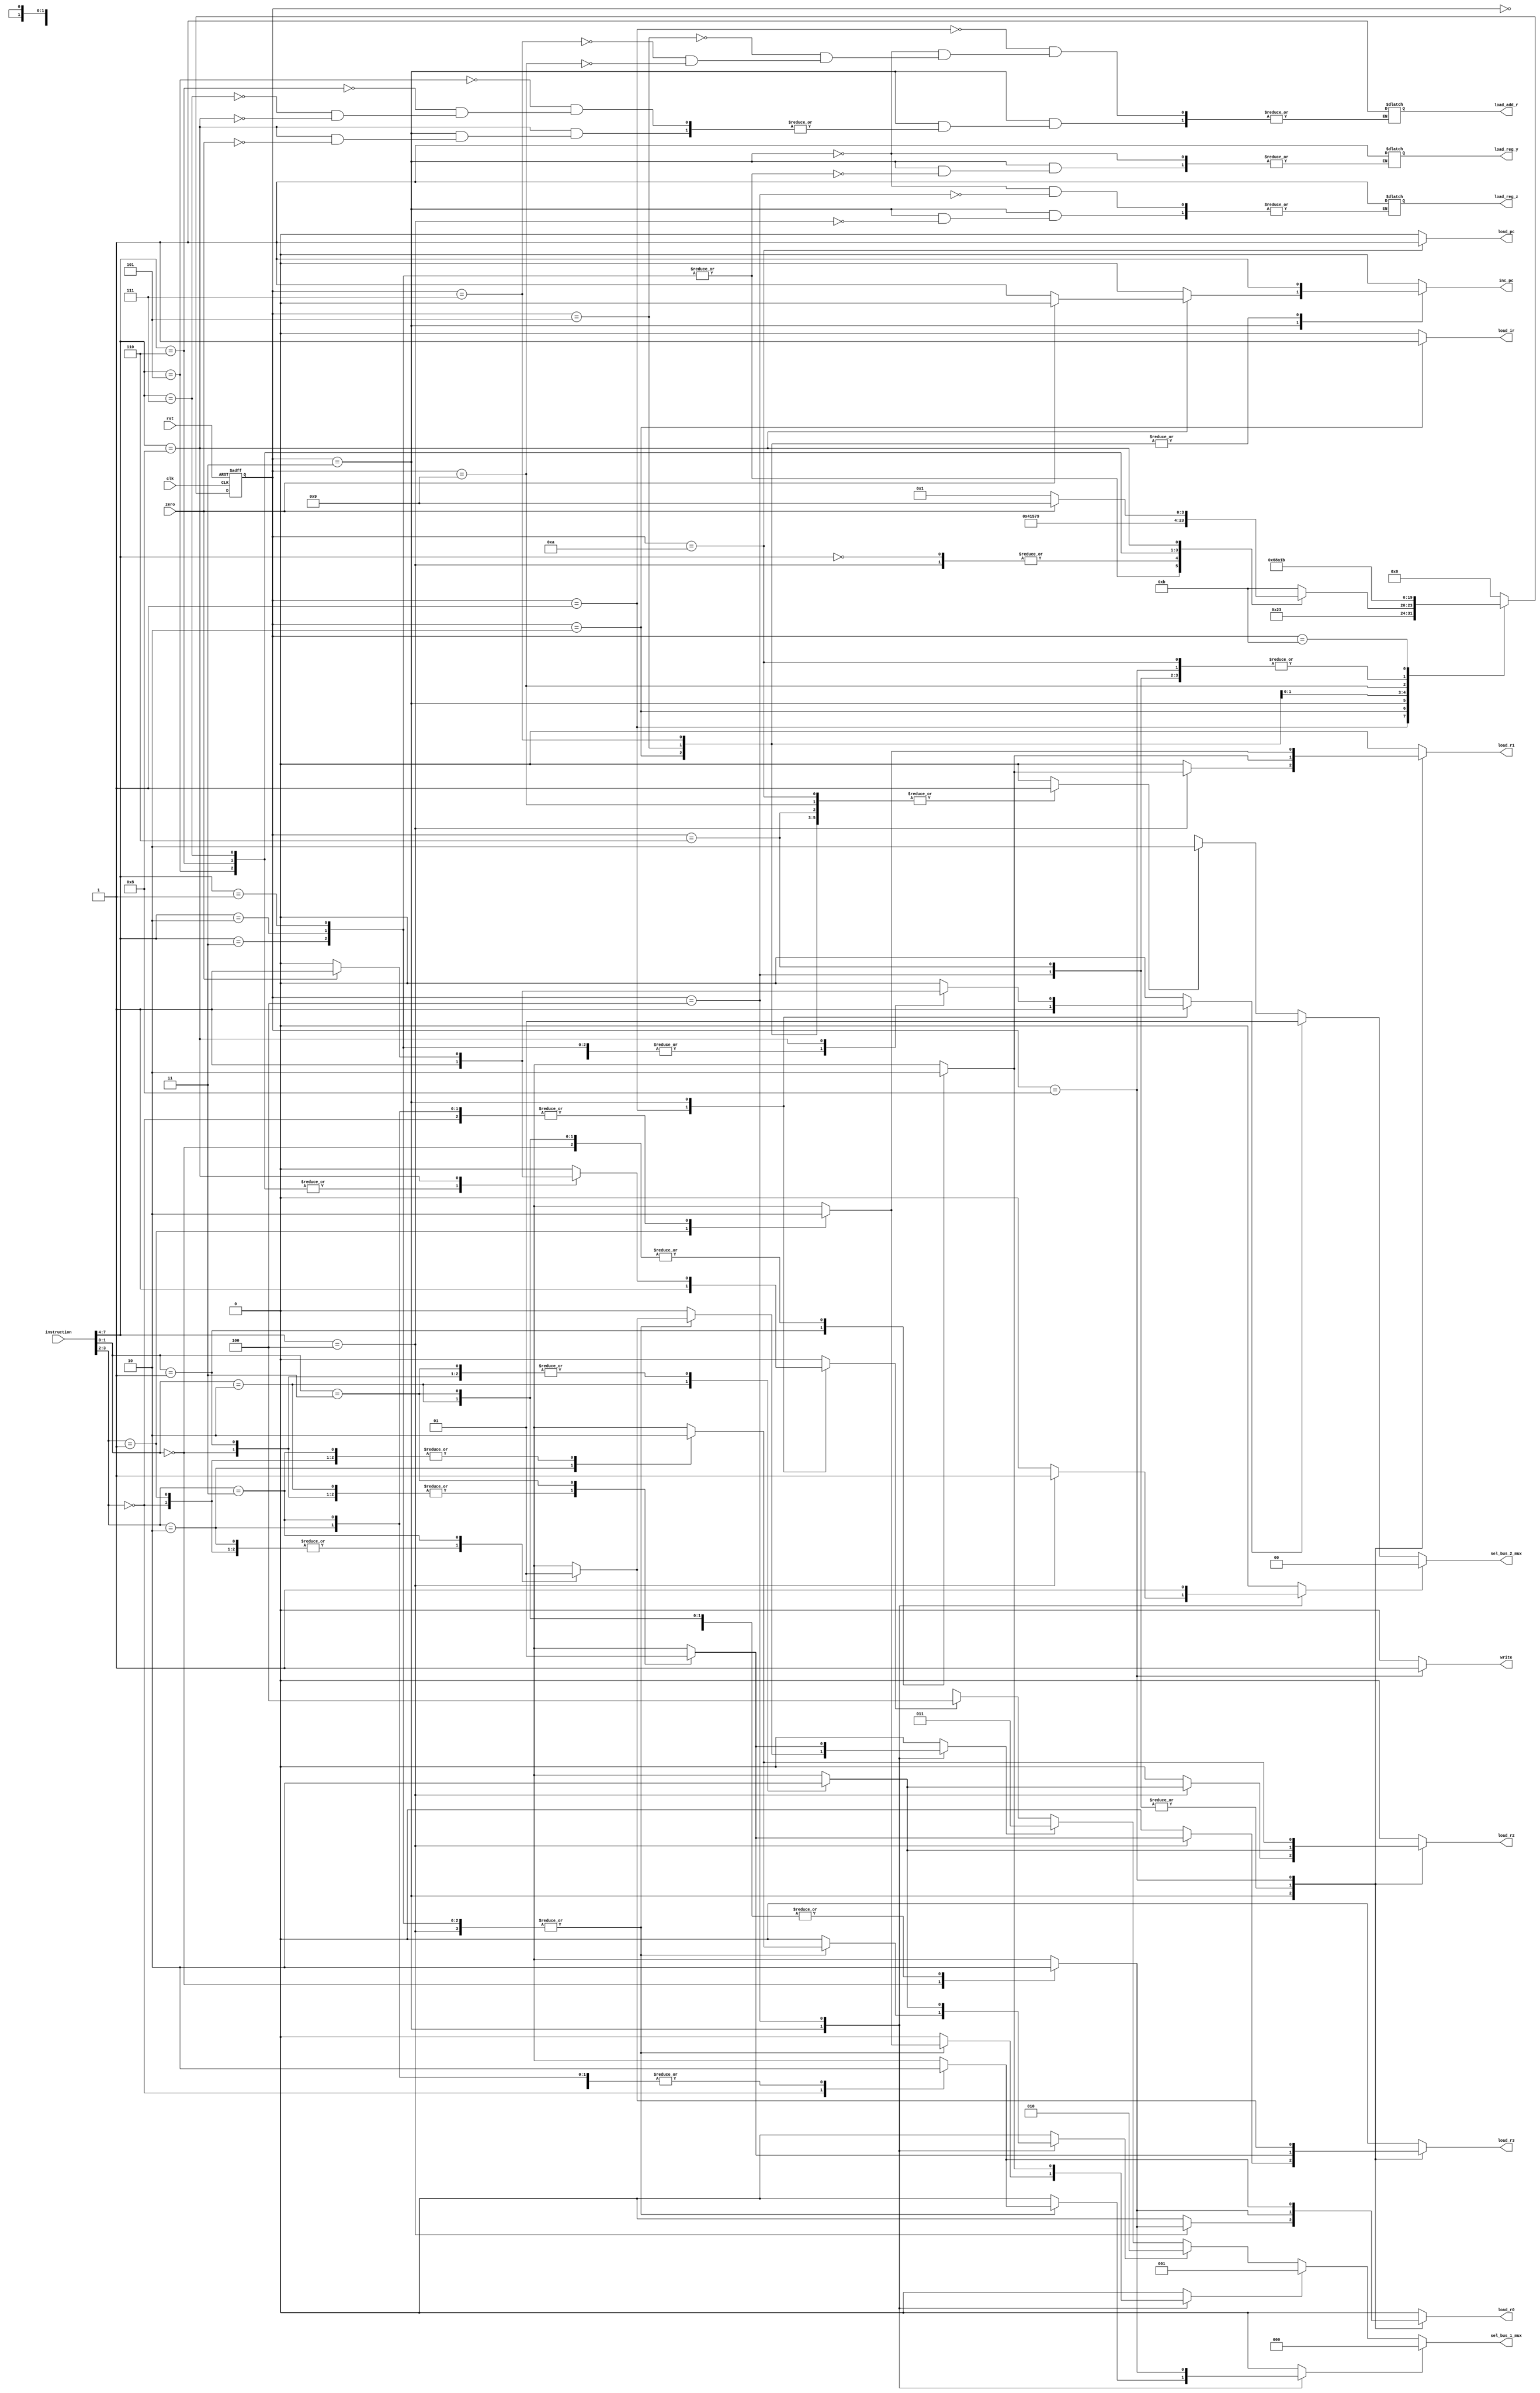
`timescale 1ns / 1ps
module control_unit(load_r0,load_r1,load_r2,load_r3,load_pc,inc_pc,sel_bus_1_mux,sel_bus_2_mux,load_ir,load_add_r,load_reg_y,load_reg_z,write,instruction,zero,clk,rst);
parameter word_size=8,op_size=4,state_size=4;
parameter src_size=2,dest_size=2,sel1_size=3,sel2_size=2;
parameter s_idle=0,s_fet1=1,s_fet2=2,s_dec=3;
parameter s_ex1=4,s_rd1=5,s_rd2=6;
parameter s_wr1=7,s_wr2=8,s_br1=9,s_br2=10,s_halt=11;
parameter nop=0,add=1,sub=2,AND=3,NOT=4;
parameter rd=5,wr=6,br=7,brz=8;
parameter r0=0,r1=1,r2=2,r3=3;
output load_r0,load_r1,load_r2,load_r3;
output load_pc,inc_pc;
output [sel1_size-1:0] sel_bus_1_mux;
output load_ir,load_add_r;
output load_reg_y,load_reg_z;
output [sel2_size-1:0] sel_bus_2_mux;
output write;
input [word_size-1:0] instruction;
input zero;
input clk,rst;
reg [state_size-1:0] state,next_state;
reg load_r0,load_r1,load_r2,load_r3,load_pc,inc_pc;
reg load_ir,load_add_r,load_reg_y;
reg sel_alu,sel_bus_1,sel_mem;
reg sel_r0,sel_r1,sel_r2,sel_r3,sel_pc;
reg load_reg_z,write;
reg err_flag;
wire [op_size-1:0] opcode=instruction[word_size-1:word_size-op_size];
wire [src_size-1:0] src=instruction[src_size+dest_size-1:dest_size];
wire [dest_size-1:0] dest=instruction[dest_size-1:0];
assign sel_bus_1_mux[sel1_size-1:0]=sel_r0?0:sel_r1?1:sel_r2?2:sel_r3?3:sel_pc?4:3'bx;
assign sel_bus_2_mux[sel2_size-1:0]=sel_alu?0:sel_bus_1?1:sel_mem?2:2'bx;
always@(posedge clk or negedge rst)
begin:state_transitions
if(rst==0)
state<=s_idle;
else state<=next_state;
end
always@(state or opcode or src or dest or zero)
begin:
output_and_next_state
sel_r0=0;
sel_r1=0;
sel_r2=0;
sel_r3=0;
sel_pc=0;
load_r0=0;
load_r1=0;
load_r2=0;
load_r3=0;
load_pc=0;
load_ir=0;
inc_pc=0;
sel_alu=0;
sel_bus_1=0;
sel_mem=0;
write=0;
err_flag=0;
next_state=state;
case(state)
s_idle: next_state=s_fet1;
s_fet1: begin
next_state=s_fet2;
sel_pc=1;
sel_bus_1=1;
load_add_r=1;
end
s_fet2:
begin
next_state=s_dec;
sel_mem=1;
load_ir=1;
inc_pc=1;
end
s_dec: case(opcode)
nop: next_state=s_fet1;
add,sub,AND: begin
next_state=s_ex1;
sel_bus_1=1;
load_reg_y=1;
case(src)
r0:sel_r0=1;
r1:sel_r1=1;
r2:sel_r2=1;
r3:sel_r3=1;
default: err_flag=1;
endcase
end
NOT: begin
next_state=s_fet1;
load_reg_z=1;
sel_bus_1=1;
sel_alu=1;
case(src)
r0:sel_r0=1;
r1:sel_r1=1;
r2:sel_r2=1;
r3:sel_r3=1;
default: err_flag=1;
endcase
case(dest)
r0:load_r0=1;
r1:load_r1=1;
r2:load_r2=1;
r3:load_r3=1;
default: err_flag=1;
endcase
end
rd: begin
next_state=s_rd1;
sel_pc=1;
sel_bus_1=1;
load_add_r=1;
end
wr:
begin
next_state=s_wr1;
sel_pc=1;
sel_bus_1=1;
load_add_r=1;
end
br: begin
next_state=s_br1;
sel_pc=1;
sel_bus_1=1;
load_add_r=1;
end
brz: if(zero==1)
begin
next_state=s_br1;
sel_pc=1;
sel_bus_1=1;
load_add_r=1;
end
else
begin
next_state=s_fet1;
inc_pc=1;
end
default:next_state=s_halt;
endcase
s_ex1:
begin
next_state=s_fet1;
load_reg_z=1;
sel_alu=1;
case(dest)
r0:begin
sel_r0=1;
load_r0=1;
end
r1:begin
sel_r1=1;
load_r1=1;
end
r2:begin
sel_r2=1;
load_r2=1;
end
r3:begin
sel_r3=1;
load_r3=1;
end
default:err_flag=1;
endcase
end
s_rd1: begin
next_state=s_rd2;
sel_mem=1;
load_add_r=1;
inc_pc=1 ;
end
s_wr1: begin
next_state=s_wr2;
sel_mem=1;
load_add_r=1;
inc_pc=1 ;
end
s_rd2: begin
next_state=s_fet1;
sel_mem=1;
case(dest)
r0:load_r0=1;
r1:load_r1=1;
r2:load_r2=1;
r3:load_r3=1;
default: err_flag=1;
endcase
end
s_wr2: begin
next_state=s_fet1;
write=1;
case(src)
r0:load_r0=1;
r1:load_r1=1;
r2:load_r2=1;
r3:load_r3=1;
default: err_flag=1;
endcase
end
s_br1: begin
next_state=s_br2;
sel_mem=1;
load_add_r=1;
end
s_br2: begin
next_state=s_fet1;
sel_mem=1;
load_pc=1;
end
s_halt: next_state=s_halt;
default: next_state=s_idle;
endcase
end
endmodule